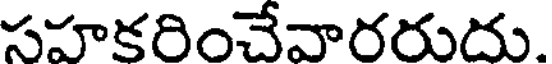
సహకరించేవారరుదు.